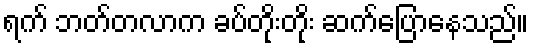
ရက် ဘတ်တလာက ခပ်တိုးတိုး ဆက်ပြောနေသည်။